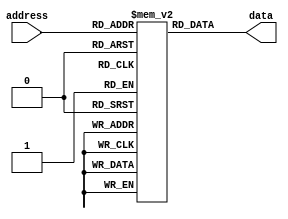
module ROM (
    input wire [ADDRESS_WIDTH-1:0] address,
    output reg [DATA_WIDTH-1:0] data
    );

    parameter ADDRESS_WIDTH = 8;  // Number of address lines
    parameter DATA_WIDTH = 8;     // Number of data lines

    reg [DATA_WIDTH-1:0] memory [0:2**ADDRESS_WIDTH-1];

    // Initialize memory array with data values
    initial begin
        memory[0] = 8'h00;  // Example data value
        memory[1] = 8'hFF;  // Another example data value
        // Continue initializing memory with required data values
    end

    always @* begin
        data = memory[address];
    end

endmodule